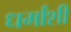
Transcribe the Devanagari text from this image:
धर्मांशी